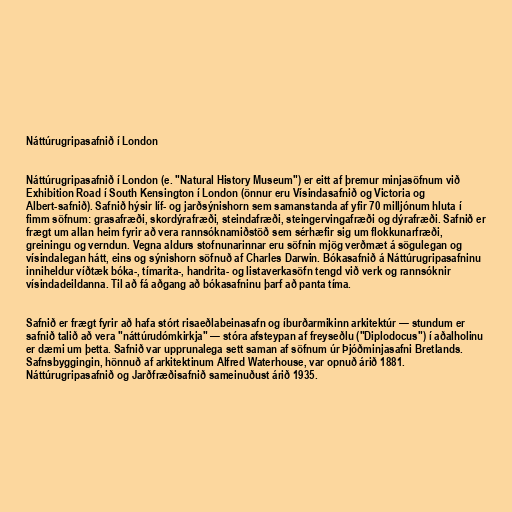
Náttúrugripasafnið í London

Náttúrugripasafnið í London (e. "Natural History Museum") er eitt af þremur minjasöfnum við
Exhibition Road í South Kensington í London (önnur eru Vísindasafnið og Victoria og
Albert-safnið). Safnið hýsir líf- og jarðsýnishorn sem samanstanda af yfir 70 milljónum hluta í
fimm söfnum: grasafræði, skordýrafræði, steindafræði, steingervingafræði og dýrafræði. Safnið er
frægt um allan heim fyrir að vera rannsóknamiðstöð sem sérhæfir sig um flokkunarfræði,
greiningu og verndun. Vegna aldurs stofnunarinnar eru söfnin mjög verðmæt á sögulegan og
vísindalegan hátt, eins og sýnishorn söfnuð af Charles Darwin. Bókasafnið á Náttúrugripasafninu
inniheldur víðtæk bóka-, tímarita-, handrita- og listaverkasöfn tengd við verk og rannsóknir
vísindadeildanna. Til að fá aðgang að bókasafninu þarf að panta tíma.

Safnið er frægt fyrir að hafa stórt risaeðlabeinasafn og íburðarmikinn arkitektúr — stundum er
safnið talið að vera "náttúrudómkirkja" — stóra afsteypan af freyseðlu ("Diplodocus") í aðalholinu
er dæmi um þetta. Safnið var upprunalega sett saman af söfnum úr Þjóðminjasafni Bretlands.
Safnsbyggingin, hönnuð af arkitektinum Alfred Waterhouse, var opnuð árið 1881.
Náttúrugripasafnið og Jarðfræðisafnið sameinuðust árið 1935.